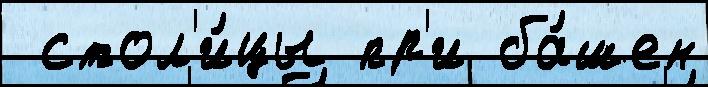
 стол'и́цы пр'и ба́шен